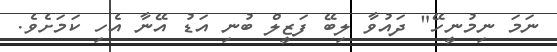
ނަމަ ނިމުނީހޭ" ދައުވާ ލިބޭ ފަޒީލް ބުނި އަޑު އޭނާ އެހި ކަމަށެވެ.